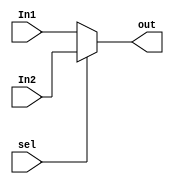
module Mux #(parameter  width = 32)
    (
        input[width-1:0] In1, In2,
        input sel,
        output [width-1:0] out
    );

    assign out = sel ? In2 : In1;
endmodule